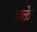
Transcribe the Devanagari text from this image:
व्यक्ते